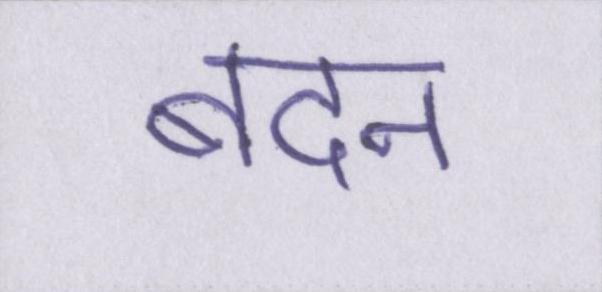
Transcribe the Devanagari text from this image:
बदन